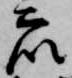
衆